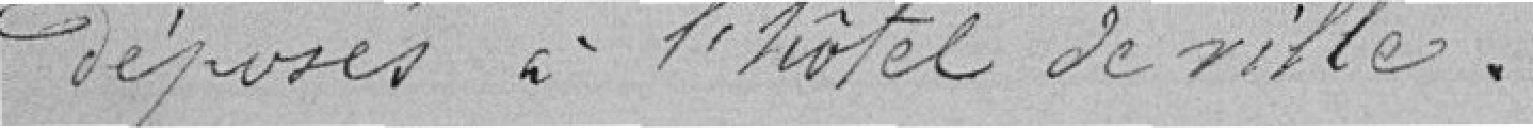
déposés à l'hôtel de ville